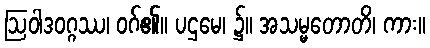
ဩဝါဒဝဂ္ဂဿ၊ ဝဂ်၏။ ပဌမေ၊ ၌။ အသမ္မတောတိ၊ ကား။